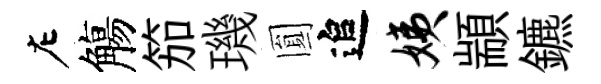
左觴笳璣圎追姨顓鑣